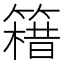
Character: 𥳯